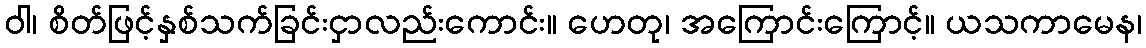
ဝါ၊ စိတ်ဖြင့်နှစ်သက်ခြင်းငှာလည်းကောင်း။ ဟေတု၊ အကြောင်းကြောင့်။ ယသကာမေန၊